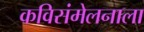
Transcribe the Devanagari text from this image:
कविसंमेलनाला